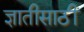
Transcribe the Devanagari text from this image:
ज्ञातीसाठीं